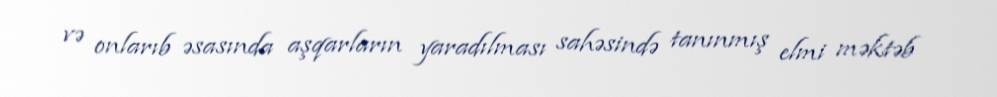
və onlarıb əsasında aşqarların yaradılması sahəsində tanınmış elmi məktəb